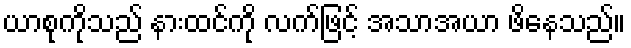
ယာစုကိုသည် နားထင်ကို လက်ဖြင့် အသာအယာ ဖိနေသည်။